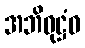
အဘိဝုဋ္ဌံဝ